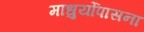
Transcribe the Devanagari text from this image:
माधुर्योपासना